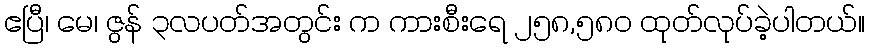
ဧပြီ၊ မေ၊ ဇွန် ၃လပတ်အတွင်း က ကားစီးရေ ၂၅၈,၅၈၀ ထုတ်လုပ်ခဲ့ပါတယ်။